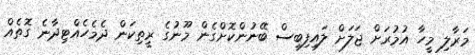
މަރާލި މީހާ އުމުރަށް ޖަލަށް ލައިފިބިސް ބޭނުންކޮށްގެން މޫނުގެ ރީތިކަން ދެމެހެއްޓިދާނެ ގޮތެއް